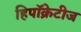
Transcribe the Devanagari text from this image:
हिपॉक्रेटीज